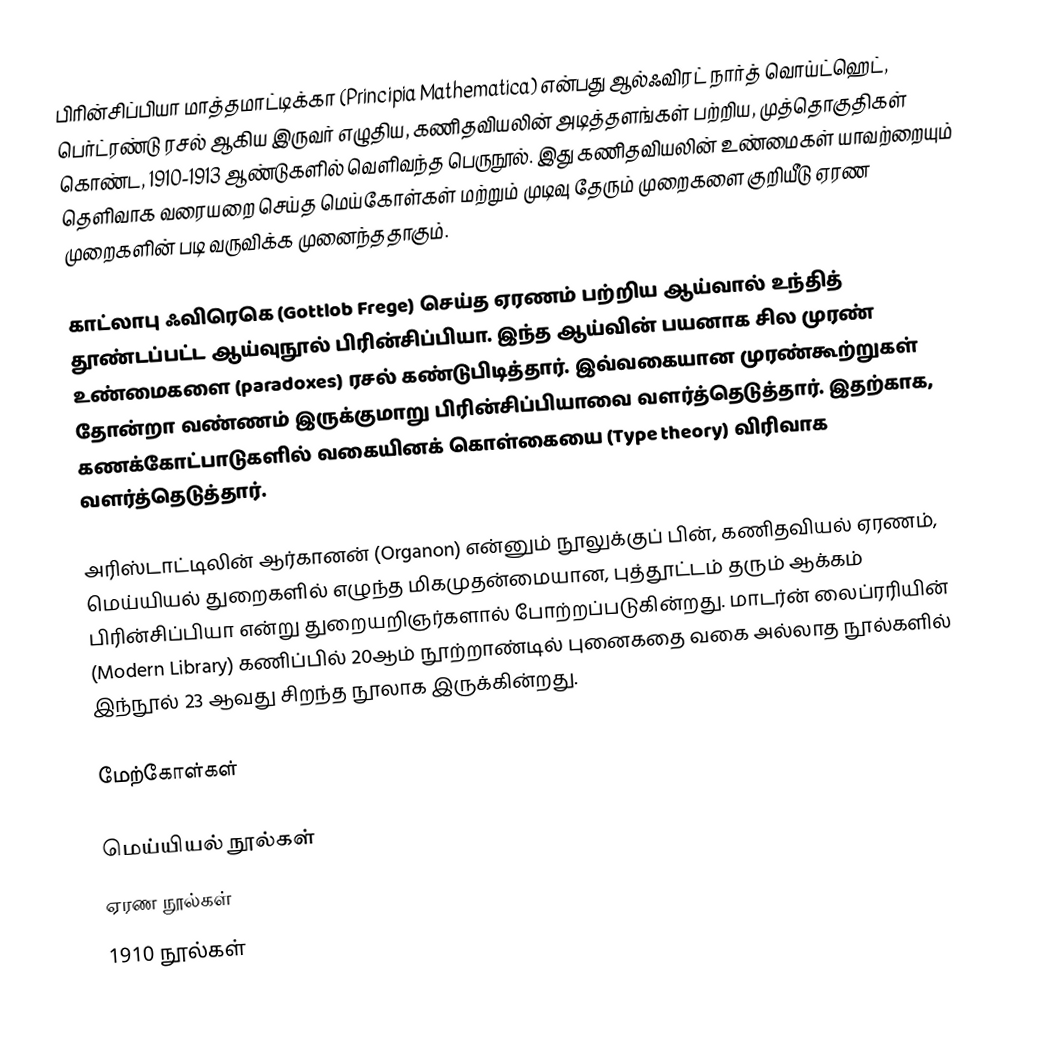
பிரின்சிப்பியா மாத்தமாட்டிக்கா (Principia Mathematica) என்பது ஆல்ஃவிரட் நார்த் வொய்ட்ஹெட், பெர்ட்ரண்டு ரசல் ஆகிய இருவர் எழுதிய, கணிதவியலின் அடித்தளங்கள் பற்றிய, முத்தொகுதிகள் கொண்ட, 1910-1913 ஆண்டுகளில் வெளிவந்த பெருநூல். இது கணிதவியலின் உண்மைகள் யாவற்றையும் தெளிவாக வரையறை செய்த மெய்கோள்கள் மற்றும் முடிவு தேரும் முறைகளை குறியீடு ஏரண முறைகளின் படி வருவிக்க முனைந்ததாகும்.

காட்லாபு ஃவிரெகெ (Gottlob Frege) செய்த ஏரணம் பற்றிய ஆய்வால் உந்தித் தூண்டப்பட்ட ஆய்வுநூல் பிரின்சிப்பியா. இந்த ஆய்வின் பயனாக சில முரண் உண்மைகளை (paradoxes) ரசல் கண்டுபிடித்தார். இவ்வகையான முரண்கூற்றுகள் தோன்றா வண்ணம் இருக்குமாறு பிரின்சிப்பியாவை வளர்த்தெடுத்தார். இதற்காக, கணக்கோட்பாடுகளில் வகையினக் கொள்கையை (Type theory) விரிவாக வளர்த்தெடுத்தார்.

அரிஸ்டாட்டிலின் ஆர்கானன் (Organon) என்னும் நூலுக்குப் பின், கணிதவியல் ஏரணம், மெய்யியல் துறைகளில் எழுந்த மிகமுதன்மையான, புத்தூட்டம் தரும் ஆக்கம் பிரின்சிப்பியா என்று துறையறிஞர்களால் போற்றப்படுகின்றது. மாடர்ன் லைப்ரரியின் (Modern Library) கணிப்பில் 20ஆம் நூற்றாண்டில் புனைகதை வகை அல்லாத நூல்களில் இந்நூல் 23 ஆவது சிறந்த நூலாக இருக்கின்றது.

மேற்கோள்கள்

மெய்யியல் நூல்கள்
ஏரண நூல்கள்
1910 நூல்கள்